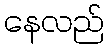
နေလည်